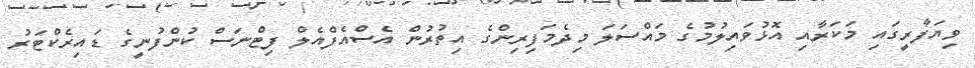
ވިޔަފާރީގައި މަކަރާއި އޮޅުވައިލުމުގެ މައްސަލަ މިދެމަފިރިންގެ އިތުރުން އެސްއެފްއެލް ފިޓްނަސް ކުންފުނީގެ ޑައިރެކްޓަރު